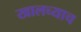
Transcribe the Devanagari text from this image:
खालच्याच